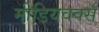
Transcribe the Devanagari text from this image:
मीडियवर्क्स